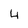
Character: 4